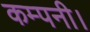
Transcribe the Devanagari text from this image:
कम्‍पनी।